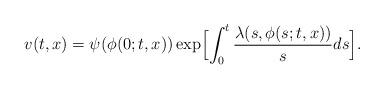
LaTeX: \begin{align*} v(t,x)= \psi(\phi(0;t,x)) \exp \Bigl[ \int_0^t \frac{\lambda(s,\phi(s;t,x))}{s}ds \Bigr].\end{align*}